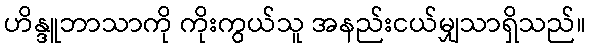
ဟိန္ဒူဘာသာကို ကိုးကွယ်သူ အနည်းငယ်မျှသာရှိသည်။